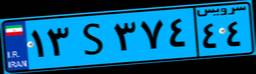
۱۳S۳۷۴۴۴